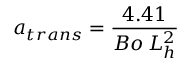
a _ { t r a n s } = \frac { 4 . 4 1 } { B o \: L _ { h } ^ { 2 } }